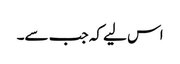
اس لیے کہ جب سے۔